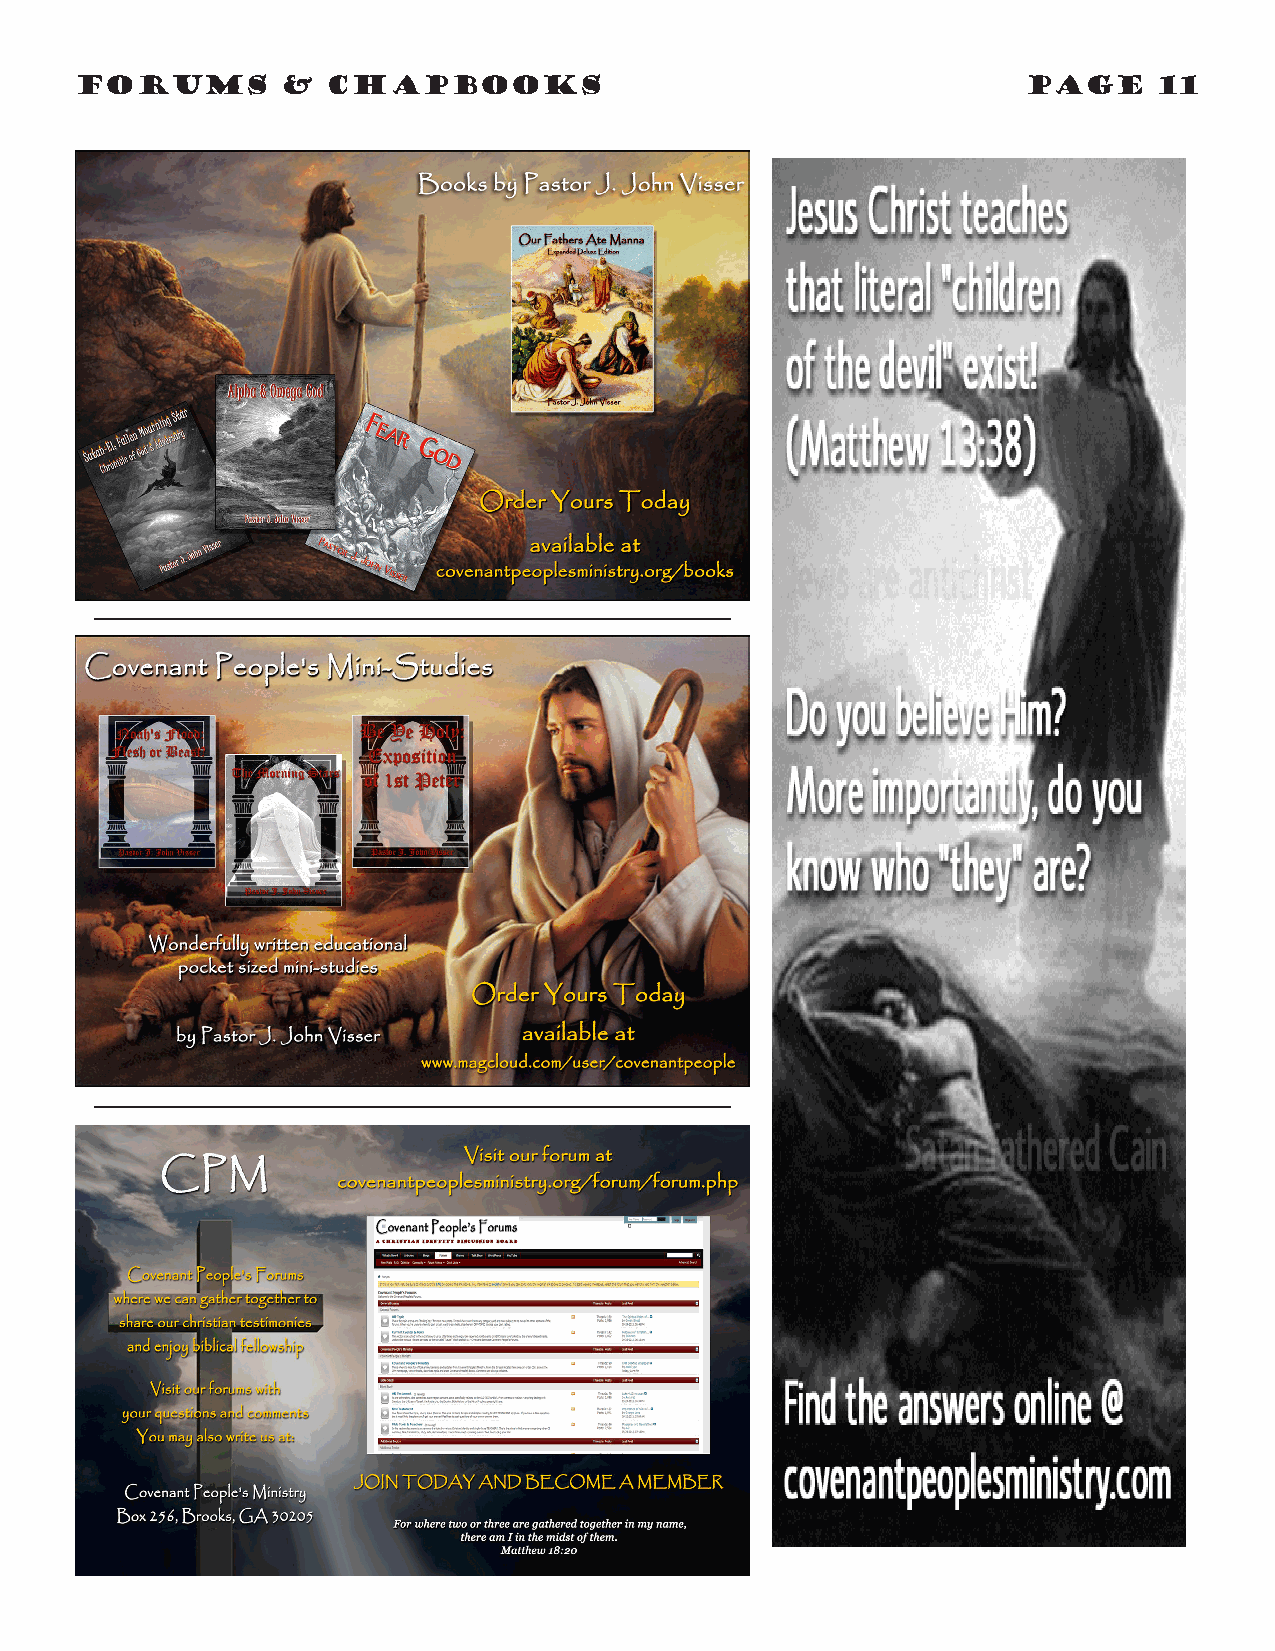
forums        &  chapbooks                                     PAGE     11